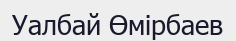
Уалбай Өмірбаев